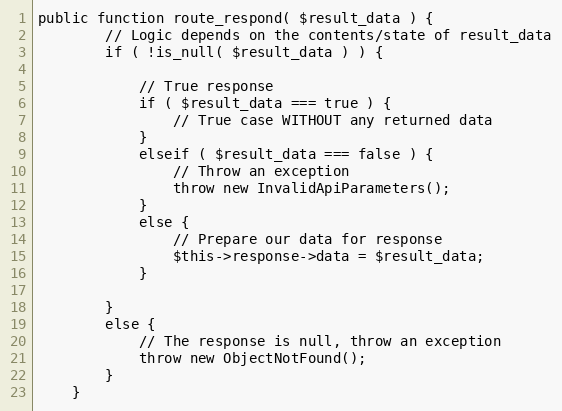
Language: PHP
public function route_respond( $result_data ) {
		// Logic depends on the contents/state of result_data
		if ( !is_null( $result_data ) ) {

			// True response
			if ( $result_data === true ) {
				// True case WITHOUT any returned data
			}
			elseif ( $result_data === false ) {
				// Throw an exception
				throw new InvalidApiParameters();
			}
			else {
				// Prepare our data for response
				$this->response->data = $result_data;
			}

		}
		else {
			// The response is null, throw an exception
			throw new ObjectNotFound();
		}
	}